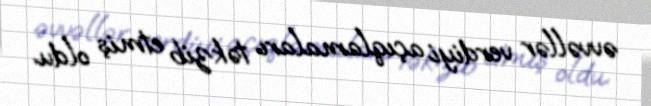
əvvəllər verdiyi açıqlamaları təkzib etmiş oldu.